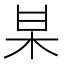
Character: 𭩱